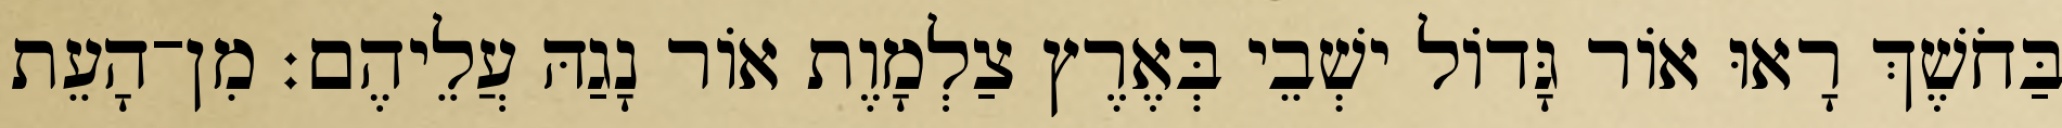
בַּחֹשֶׁךְ רָאוּ אוֹר גָּדוֹל ישְׁבֵי בְּאֶרֶץ צַלְמָוֶת אוֹר נָגַהּ עֲלֵיהֶם׃ מִן־הָעֵת